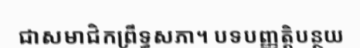
ជាសមាជិកព្រឹទ្ធសភា។ បទបញ្ញត្តិបន្ថយ